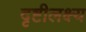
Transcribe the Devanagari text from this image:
दृष्टीलक्ष्य